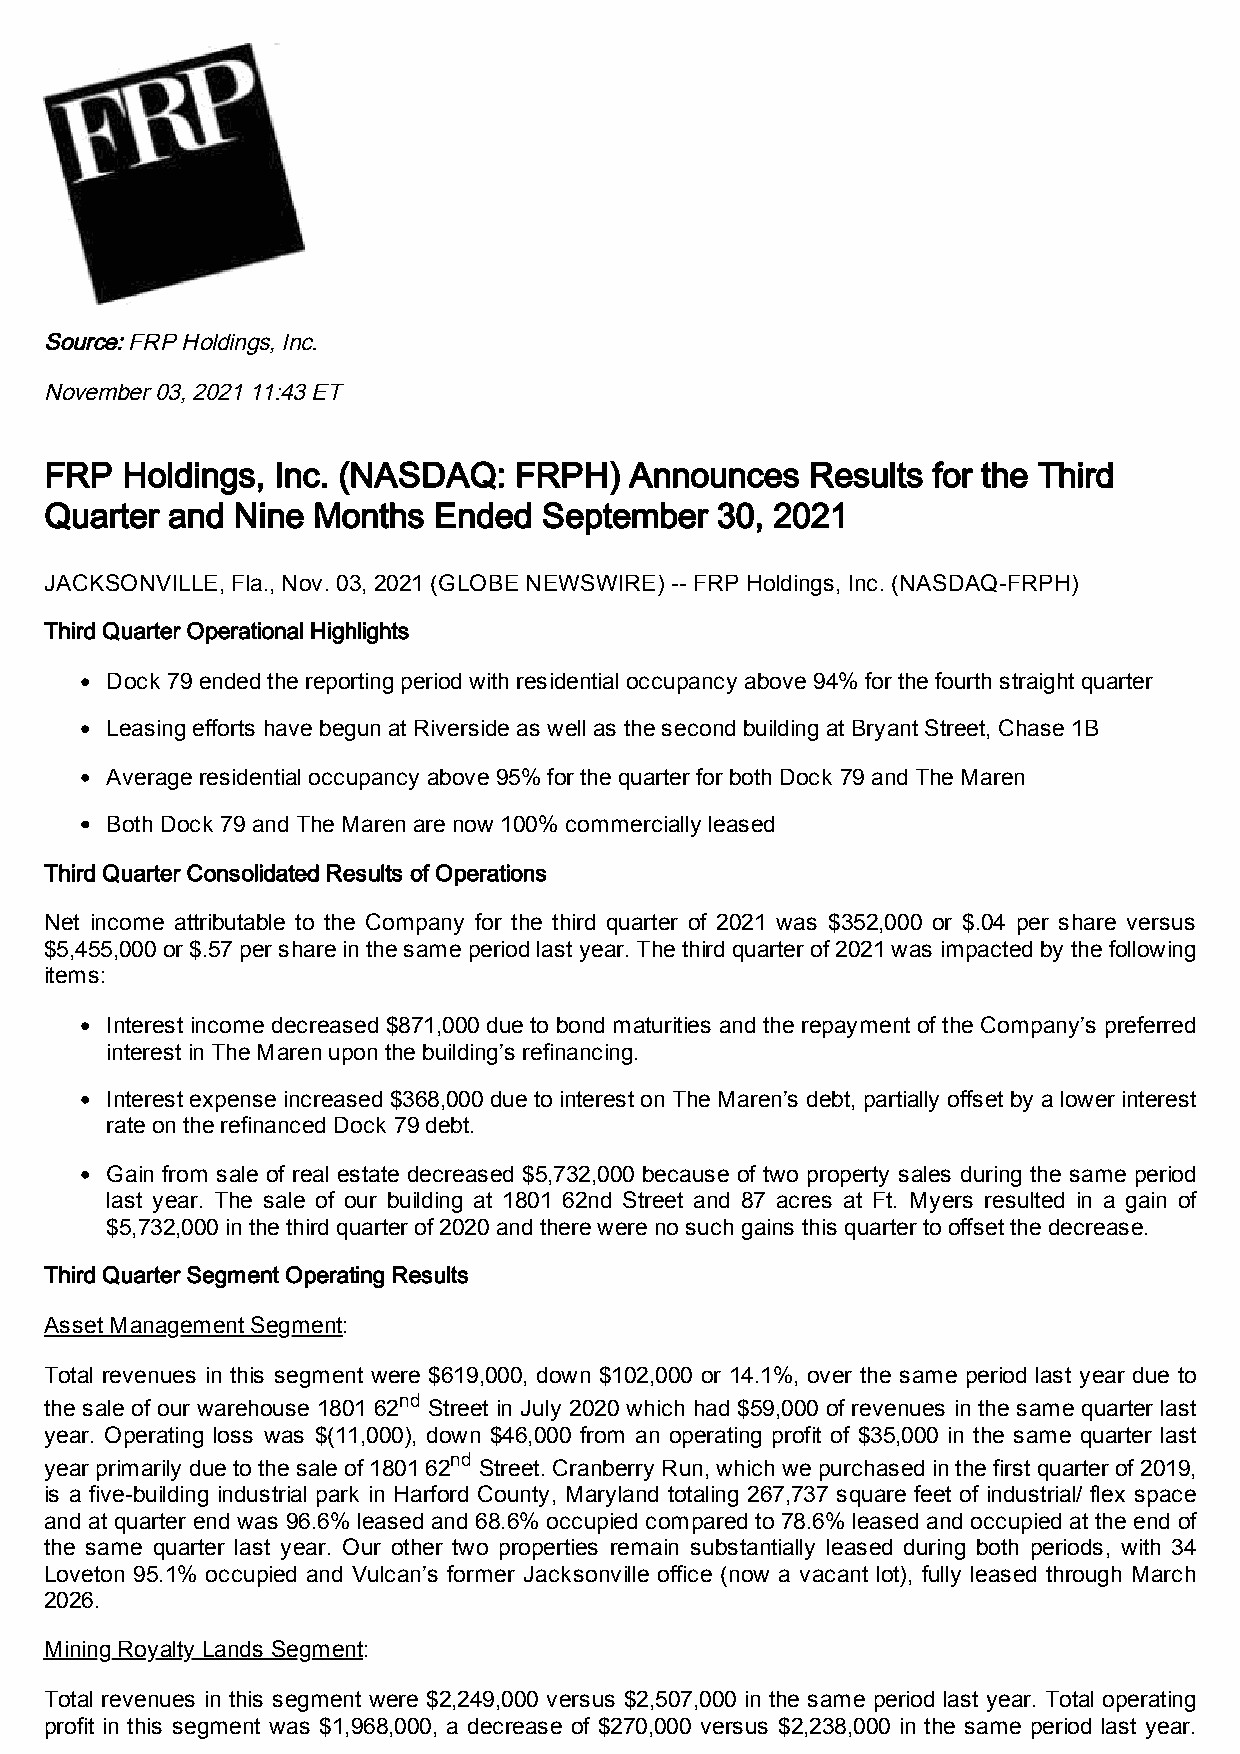
Source: FRP Holdings, Inc.
 November 03, 2021 11:43 ET
 FRP  Holdings, Inc. (NASDAQ:   FRPH)   Announces   Results for the Third
 Quarter and Nine  Months  Ended  September  30, 2021
 JACKSONVILLE, Fla., Nov. 03, 2021 (GLOBE NEWSWIRE) -- FRP Holdings, Inc. (NASDAQ-FRPH)
 Third Quarter Operational Highlights
 Dock 79 ended the reporting period with residential occupancy above 94% for the fourth straight quarter
 Leasing efforts have begun at Riverside as well as the second building at Bryant Street, Chase 1B
 Average residential occupancy above 95% for the quarter for both Dock 79 and The Maren
 Both Dock 79 and The Maren are now 100% commercially leased
 Third Quarter Consolidated Results of Operations
 Net income attributable to the Company for the third quarter of 2021 was $352,000 or $.04 per share versus
 $5,455,000 or $.57 per share in the same period last year. The third quarter of 2021 was impacted by the following
 items:
 Interest income decreased $871,000 due to bond maturities and the repayment of the Company’s preferred
 interest in The Maren upon the building’s refinancing.
 Interest expense increased $368,000 due to interest on The Maren’s debt, partially offset by a lower interest
 rate on the refinanced Dock 79 debt.
 Gain from sale of real estate decreased $5,732,000 because of two property sales during the same period
 last year. The sale of our building at 1801 62nd Street and 87 acres at Ft. Myers resulted in a gain of
 $5,732,000 in the third quarter of 2020 and there were no such gains this quarter to offset the decrease.
 Third Quarter Segment Operating Results
 Asset Management Segment:
 Total revenues in this segment were $619,000, down $102,000 or 14.1%, over the same period last year due to
 nd
 the sale of our warehouse 1801 62 Street in July 2020 which had $59,000 of revenues in the same quarter last
 year. Operating loss was $(11,000), down $46,000 from an operating profit of $35,000 in the same quarter last
 nd
 year primarily due to the sale of 1801 62 Street. Cranberry Run, which we purchased in the first quarter of 2019,
 is a five-building industrial park in Harford County, Maryland totaling 267,737 square feet of industrial/ flex space
 and at quarter end was 96.6% leased and 68.6% occupied compared to 78.6% leased and occupied at the end of
 the same quarter last year. Our other two properties remain substantially leased during both periods, with 34
 Loveton 95.1% occupied and Vulcan’s former Jacksonville office (now a vacant lot), fully leased through March
 2026.
 Mining Royalty Lands Segment:
 Total revenues in this segment were $2,249,000 versus $2,507,000 in the same period last year. Total operating
 profit in this segment was $1,968,000, a decrease of $270,000 versus $2,238,000 in the same period last year.